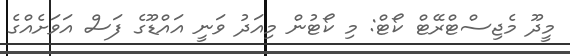
މީދޫ މެޖިސްޓްރޭޓް ކޯޓް: މި ކޯޓުން މިއަދު ވަނީ އައްޑޫގެ ފަސް އަވަށެއްގެ